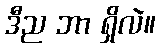
ဒီည ဘာ ရှိလဲ။